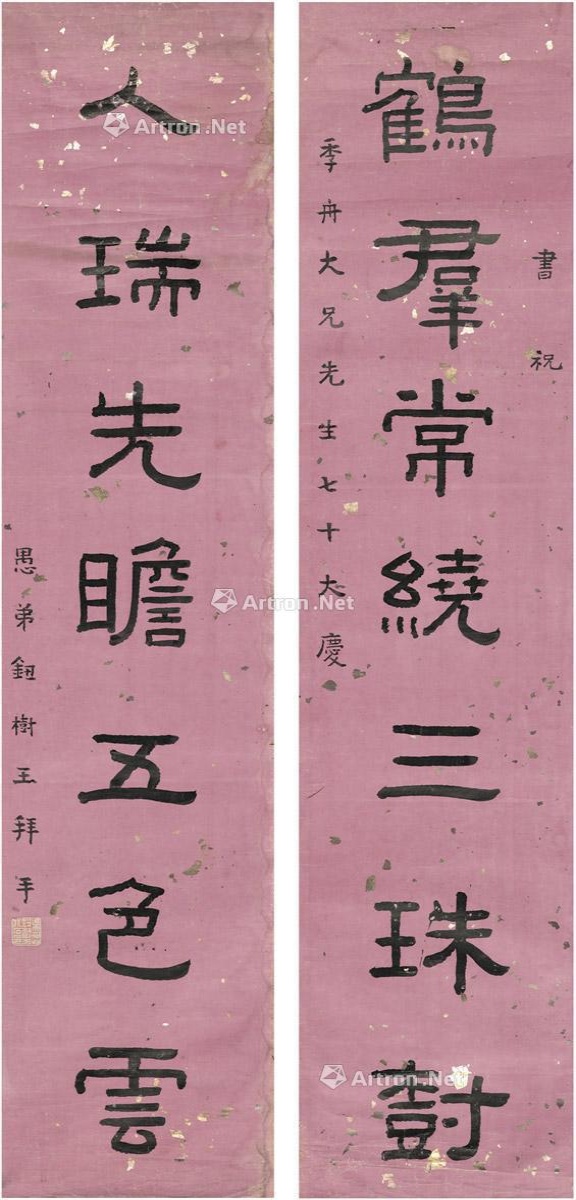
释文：鹤群长绕三珠树，人瑞先瞻五色云。书祝季舟大兄先生七十大庆，愚弟钮树玉拜手。